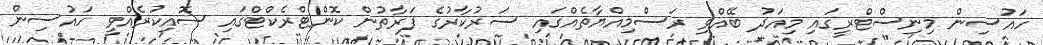
ހައުސިން މިނިސްޓްރީގައި މިއަދު ބޭއްވި ރަސްމިއްޔާތެއްގައި ސަރުކާރުގެ ފަރާތުން ކޮންޓްރެކްޓްގައި ސޮއިކުރެއްވީ ހައުސިން